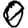
Digit: 0